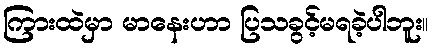
ကြားထဲမှာ မာနေးဟာ ပြသခွင့်မရခဲ့ပါဘူး။